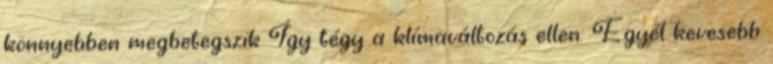
könnyebben megbetegszik Így tégy a klímaváltozás ellen: Egyél kevesebb